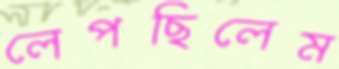
লেপছিলেম